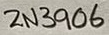
Text: 2N3906